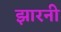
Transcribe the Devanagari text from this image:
झारनी